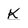
Character: K